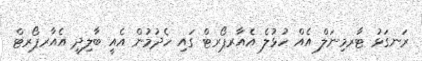
ރަނގަޅު ޓާރމިނަލް އެއް ހުޅުލެ އެއާރޕޯރޓް ގައި ހެދުމުން އެއީ ބާލިދީ އެއާރޕޯރޓް